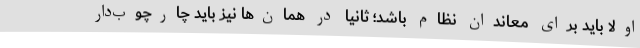
اولا باید برای معاندان نظام باشد؛ ثانیا در همان‌ها نیز باید چارچوب‌دار